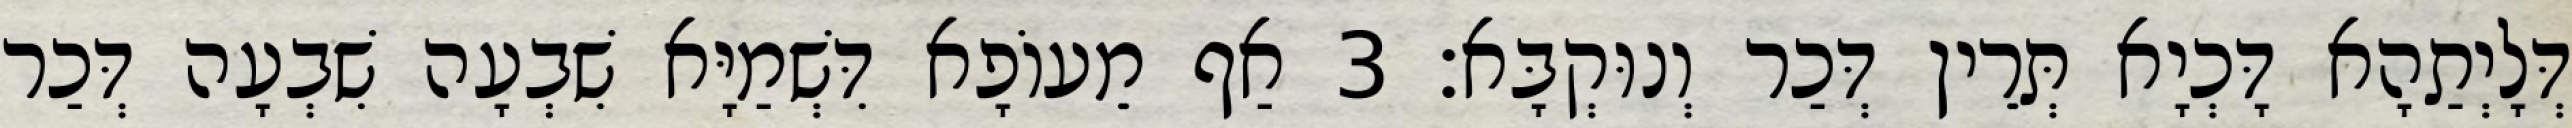
דְּלָיְתַהָא דָּכְיָא תְּרֵין דְּכַר וְנוּקְבָּא׃ 3 אַף מֵעוֹפָא דִּשְׁמַיָּא שִׁבְעָה שִׁבְעָה דְּכַר